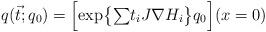
LaTeX: \begin{align*}q(\vec t;q_0) = \Bigl[\exp\bigl\{ {\textstyle\sum} t_i J\nabla H_i \bigr\}q_0 \Bigr] ( x=0 )\end{align*}